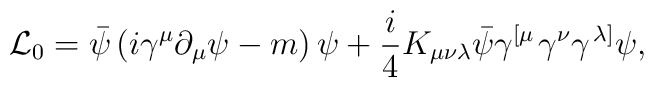
{\cal L}_{0}=\bar{\psi}\left( i\gamma ^{\mu }\partial _{\mu }\psi -m\right)\psi +\frac{i}{4}K_{\mu \nu \lambda }\bar{\psi}\gamma ^{\left[ \mu \right.}\gamma ^{\nu }\gamma ^{\left. \lambda \right] }\psi ,